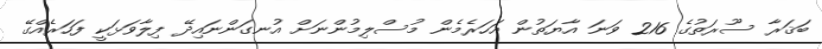
ބަޤަރާ ސޫރަތުގެ 216 ވަނަ އާޔަތުން އަހަރެމެން މުސްލިމުންނަށް އުނގަންނައިދޭ ފިލާވަޅަކީ ފަހަރެއްގޭ